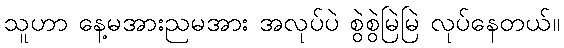
သူဟာ နေ့မအားညမအား အလုပ်ပဲ စွဲစွဲမြဲမြဲ လုပ်နေတယ်။